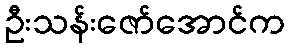
ဦးသန်းဇော်အောင်က